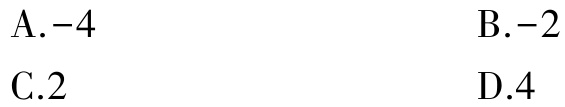
A.$-4$  B.$-2$  C.$2$  D.$4$